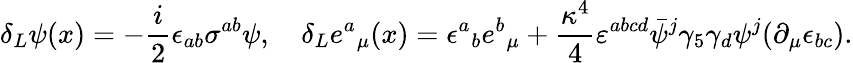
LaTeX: \delta_{L}\psi(x)=-{\frac{i}{2}}\epsilon_{ab}\sigma^{ab}\psi,\quad\delta_{L}{e^{a}}_{\mu}(x)=\epsilon{^a}_{b}e{^b}_{\mu}+{\frac{\kappa^{4}}{4}}\varepsilon^{abcd}\bar{\psi}{^j}\gamma_{5}\gamma_{d}\psi{^j}(\partial_{\mu}\epsilon_{bc}).